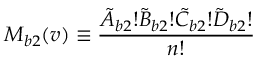
M _ { b 2 } ( v ) \equiv \frac { \tilde { A } _ { b 2 } ! \tilde { B } _ { b 2 } ! \tilde { C } _ { b 2 } ! \tilde { D } _ { b 2 } ! } { n ! }